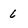
Character: 6